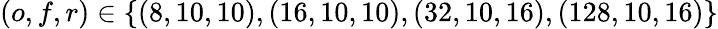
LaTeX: \left(o,f,r\right)\in\{ \left(8,10,10\right),\left(16,10,10\right),\left(32,10,16\right),\left(128,10,16\right)\}